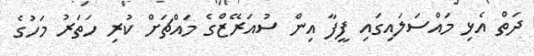
ދަތް އެޅި މައްސަލައިގައި ފީފާ އިން ސުއަރޭޒްގެ މައްޗަށް ކުރި ހަތަރު މަހުގެ